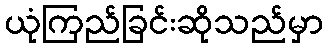
ယုံကြည်ခြင်းဆိုသည်မှာ